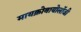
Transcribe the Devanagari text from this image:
मायक्रोबायोलॉजी